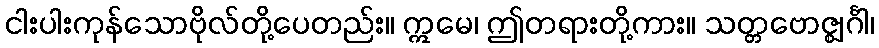
ငါးပါးကုန်သောဗိုလ်တို့ပေတည်း။ ဣမေ၊ ဤတရားတို့ကား။ သတ္တဗောဇ္ဈင်္ဂါ၊